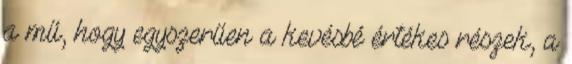
a mű, hogy egyszerűen a kevésbé értékes részek, a